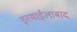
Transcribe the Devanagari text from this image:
इस्माईलाबाद